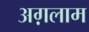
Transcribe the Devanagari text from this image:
अग़लाम